Document type: bank_statement
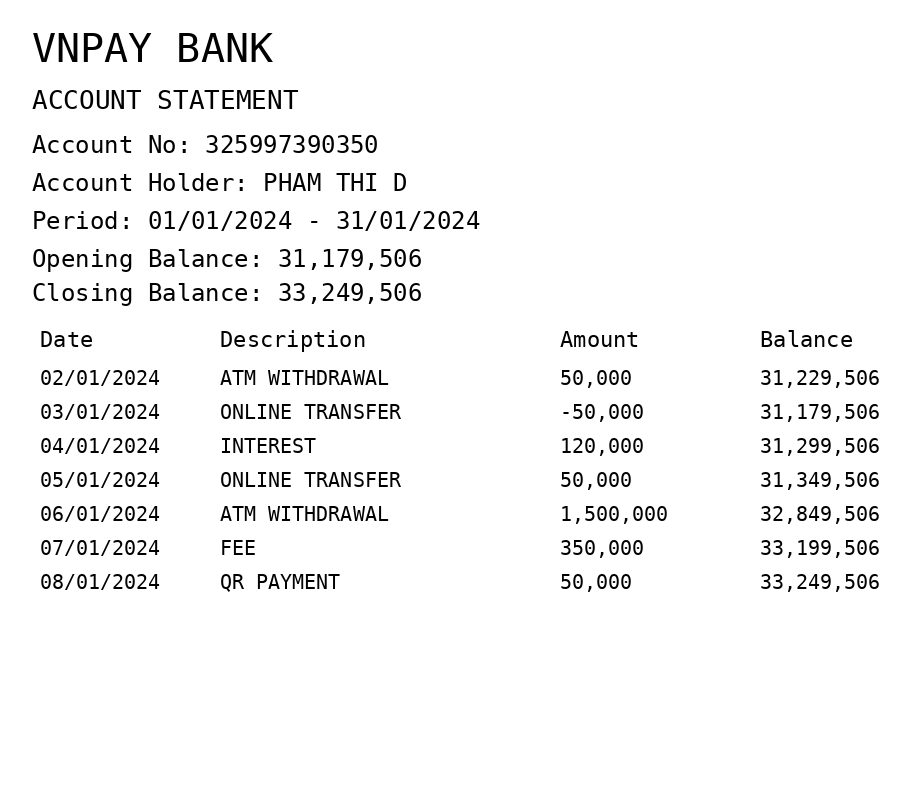
OCR transcript:
VNPAY BANK
ACCOUNT STATEMENT
Account No: 325997390350
Account Holder: PHAM THI D
Period: 01/01/2024 - 31/01/2024
Opening Balance: 31,179,506
Closing Balance: 33,249,506
Date
Description
Amount
Balance
02/01/2024
ATM WITHDRAWAL
50,000
31,229,506
03/01/2024
ONLINE TRANSFER
-50,000
31,179,506
04/01/2024
INTEREST
120,000
31,299,506
05/01/2024
ONLINE TRANSFER
50,000
31,349,506
06/01/2024
ATM WITHDRAWAL
1,500,000
32,849,506
07/01/2024
FEE
350,000
33,199,506
08/01/2024
QR PAYMENT
50,000
33,249,506
Extracted fields:
bank_name: vnpay bank
account_number: 325997390350
account_holder: pham thi d
statement_period: 01/01/2024 - 31/01/2024
opening_balance: 31179506
closing_balance: 33249506
transactions: date: 2024-01-02
description: atm withdrawal
amount: 50000
balance: 31229506
date: 2024-01-03
description: online transfer
amount: -50000
balance: 31179506
date: 2024-01-04
description: interest
amount: 120000
balance: 31299506
date: 2024-01-05
description: online transfer
amount: 50000
balance: 31349506
date: 2024-01-06
description: atm withdrawal
amount: 1500000
balance: 32849506
date: 2024-01-07
description: fee
amount: 350000
balance: 33199506
date: 2024-01-08
description: qr payment
amount: 50000
balance: 33249506